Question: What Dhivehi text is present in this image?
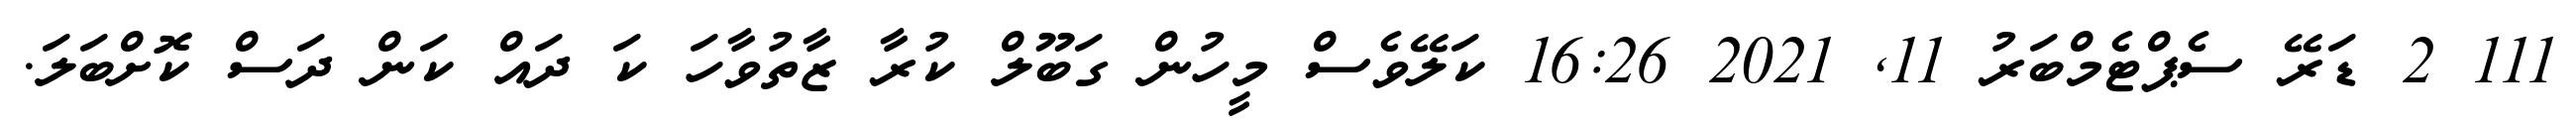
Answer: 111 2 ޑަރޭ ސެޕްޓެމްބަރު 11, 2021 16:26 ކަލޭވެސް މީހުން ގަބޫލް ކުރާ ޒާތުވާހަ ކަ ދައް ކަން ދަސް ކޮށްބަލަ.